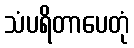
သံပရိတာပေတုံ